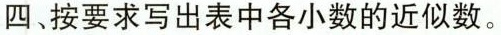
四、按要求写出表中各小数的近似数。